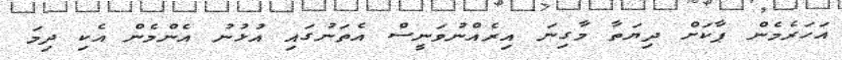
އަހަރެމެން ޕާކަށް ދިޔަތާ މާގިނަ އިރެއްނުވަނީސް އެތަނުގައި އުޅުނު އެންމެން އެކި ދިމަ